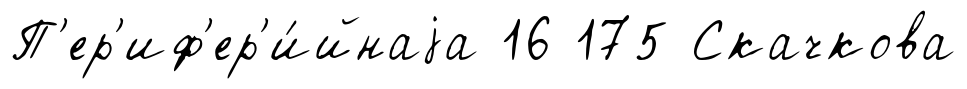
П'ер'иф'ер'и́йнаjа 16 175 Скачкова